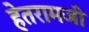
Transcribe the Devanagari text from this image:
हेतरामजी